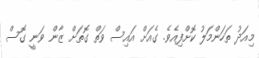
މިއަދު ތަހަންމަލު ކޮށްފިއެވެ. ގެއަށް އައިސް ވަތް ގޮތަށް ޒާން ވަނީ ގޮސް